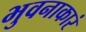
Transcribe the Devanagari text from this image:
भुवनाकारं